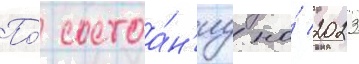
По́ состоа́н'иу на́ 2023